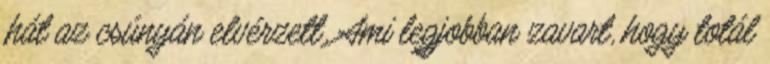
.hát az csúnyán elvérzett. Ami legjobban zavart, hogy totál